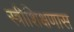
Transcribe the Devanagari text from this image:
स्त्रीशिक्षणास